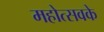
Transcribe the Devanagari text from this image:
महोत्सवके